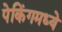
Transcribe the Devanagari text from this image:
पेकिंगमध्ये